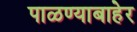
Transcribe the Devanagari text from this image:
पाळण्याबाहेर